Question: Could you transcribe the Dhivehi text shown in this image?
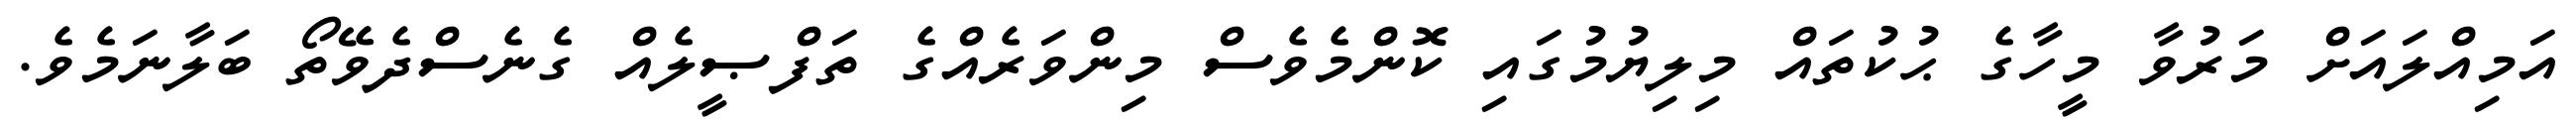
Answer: އަމިއްލައަށް މަރުވާ މީހާގެ ޙުކުތައް މިލިޔުމުގައި ކޮންމެވެސް މިންވަރެއްގެ ތަފްޞީލެއް ގެނެސްދެވޭތޯ ބަލާނަމެވެ.